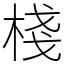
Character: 棧